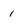
Character: 1